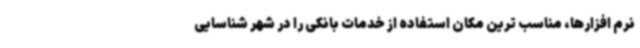
نرم افزارها، مناسب ترین مکان استفاده از خدمات بانکی را در شهر شناسایی